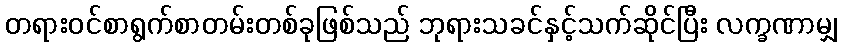
တရားဝင်စာရွက်စာတမ်းတစ်ခုဖြစ်သည် ဘုရားသခင်နှင့်သက်ဆိုင်ပြီး လက္ခဏာမျှ